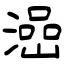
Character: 澏